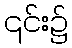
၎င်း၌